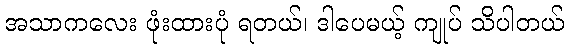
အသာကလေး ဖုံးထားပုံ ရတယ်၊ ဒါပေမယ့် ကျုပ် သိပါတယ်